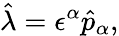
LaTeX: \hat{\lambda}=\epsilon^{\alpha}\hat{p}_{\alpha},